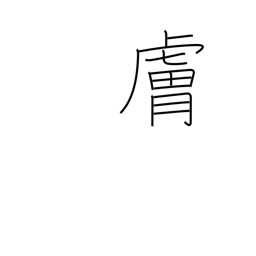
Meaning: disposition